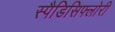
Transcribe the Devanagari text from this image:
स्पैडिसिफ्लोरी